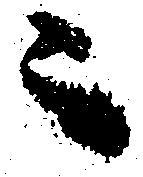
ニ